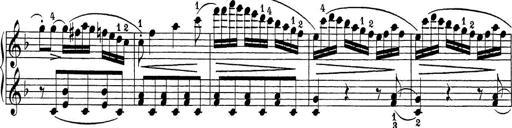
Title: Sonatina Album
Composer: Louis KÃ¶hler